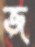
জ